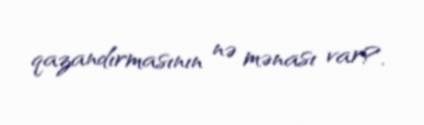
qazandırmasının nə mənası var?.